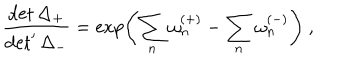
LaTeX: \frac { \det \Delta _ { + } } { \det ^ { \prime } \Delta _ { - } } = \exp \left( \sum _ { n } \omega _ { n } ^ { ( + ) } - \sum _ { n } \omega _ { n } ^ { ( - ) } \right) \ ,